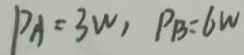
P _ { A } = 3 W , P _ { B } = 6 W